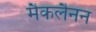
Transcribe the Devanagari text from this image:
मैकलैनन